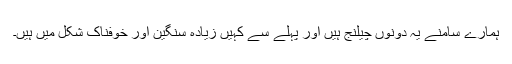
ہمارے سامنے یہ دونوں چیلنج ہیں اور پہلے سے کہیں زیادہ سنگین اور خوفناک شکل میں ہیں۔